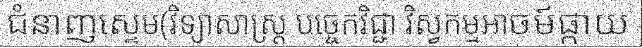
ជំនាញស្ទេម(វិទ្យាសាស្ត្រ បច្ចេកវិជ្ជា វិស្វកម្មអាចម៍ផ្កាយ